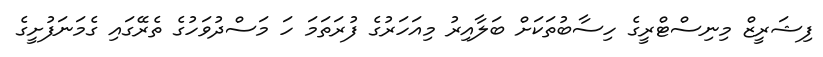
ފިޝަރީޒް މިނިސްޓްރީގެ ހިސާބުތަކަށް ބަލާއިރު މިއަހަރުގެ ފުރަތަމަ ހަ މަސްދުވަހުގެ ތެރޭގައި ގެމަނަފުށީގެ